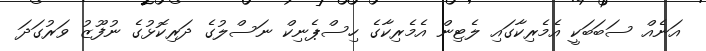
އަނެއް ސަބަބަކީ އެމެރިކާގައި ލެޓިން އެމެރިކާގެ ހިސްޕެނިކް ނަސްލުގެ ދަރިކޮޅުގެ ނުފޫޒު ވަރުގަދަ